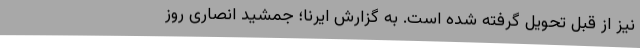
نیز از قبل تحویل گرفته شده است. به گزارش ایرنا؛ جمشید انصاری روز